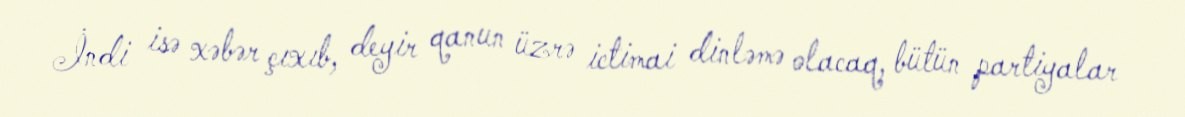
İndi isə xəbər çıxıb, deyir qanun üzrə ictimai dinləmə olacaq, bütün partiyalar